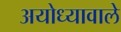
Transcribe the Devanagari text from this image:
अयोध्यावाले